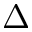
\Delta